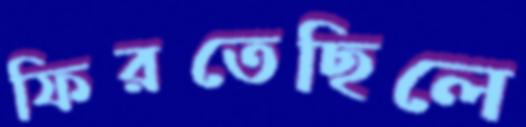
ফিরতেছিলে